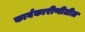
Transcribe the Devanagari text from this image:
कार्यकारीणीतील